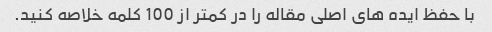
با حفظ ایده های اصلی مقاله را در کمتر از 100 کلمه خلاصه کنید.